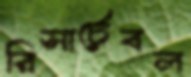
রিসার্চেবল